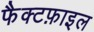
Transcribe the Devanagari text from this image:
फैक्टफ़ाइल